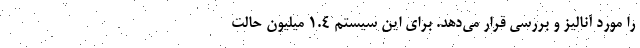
را مورد آنالیز و بررسی قرار می‌دهد. برای این سیستم 1.4 میلیون حالت